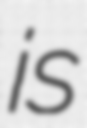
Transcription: is